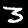
Digit: 3